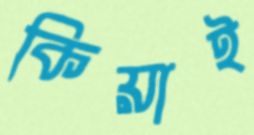
কিয়াই